Civil Veterinary Dept. North-West Frontier Province 1901-22 - 1901-1922
Year: 1901
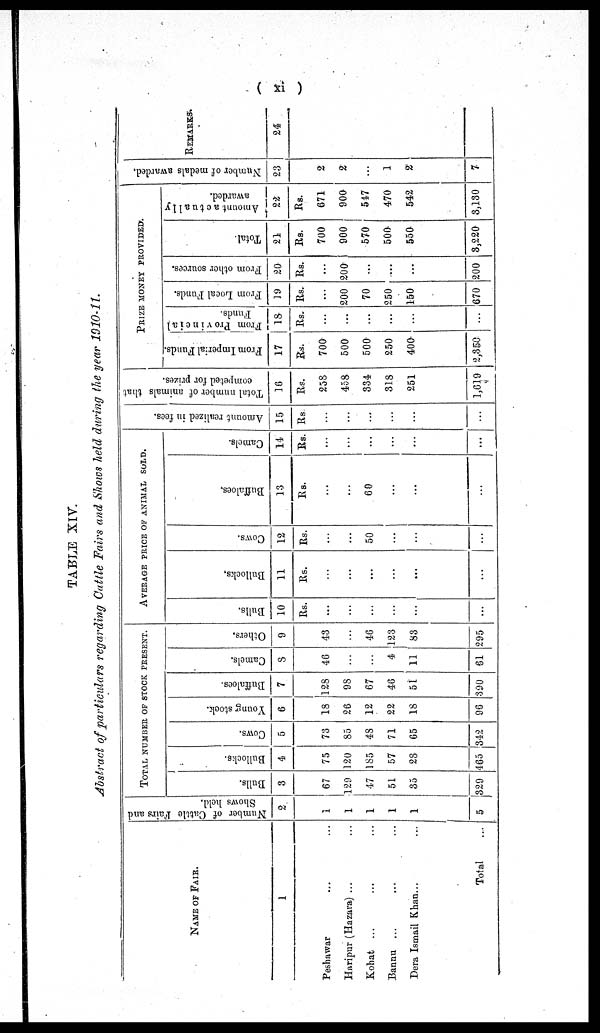
( xi )
TABLE XIV.
Abstract of particulars regarding Cattle Fairs and Shows held during the year 1910-11.
NAME OF FAIR.
1
Peshawar … …
Haripur (Hazara) ... …
Kolhat ... … …
Bannu ... … …
Dera Ismail Khan ... …
Total …
Number of Cattle Fairs and
Shows held.
2
1
1
1
1
1
5
TOTAL NUMBER OF STOCK PRESENT.
Bulls.
3
67
129
47
51
35
329
Bullocks.
4
75
120
185
57
28
465
Cows.
5
73
85
48
71
65
342
Young stock.
6
18
26
12
22
18
96
Buffaloes.
7
128
98
67
46
51
390
Camels.
8
46
...
…
4
11
61
Others.
9
43
...
46
123
83
295
AVERAGE PRICE OF ANIMAL SOLD.
Bulls.
10
Rs.
...
...
...
...
...
...
Bullocks.
11
Rs.
...
...
...
...
...
...
Cows.
12
Rs.
…
...
50
...
...
...
Buffaloes.
13
Rs.
...
...
60
...
...
...
Camels.
14
Rs.
...
...
...
...
...
...
Amo u n t r e a l i z e d in fees.
15
Rs.
...
...
...
...
...
...
Total number of animals that
competed for prizes.
16
Rs.
258
458
334
318
251
1,619
PRIZE MONEY PROVIDED.
From Imperial Funds.
17
Rs.
700
500
500
250
400
2,350
From Provincial
Funds.
18
Rs.
...
....
...
...
...
...
From Local Funds.
19
Rs.
...
200
70
250
150
670
From other sources.
20
Rs.
...
200
...
...
...
200
Total.
21
Rs.
700
900
570
500
550
3,220
Amount actually
awarded.
22
Rs.
671
900
547
470
542
3,130
Number of medals awarded.
23
2
2
...
1
2
7
REMARKS.
24